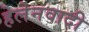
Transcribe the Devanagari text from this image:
हेलेनवादी